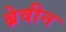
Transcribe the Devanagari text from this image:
ब्रेवीन